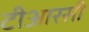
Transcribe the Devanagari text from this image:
टीआरसी